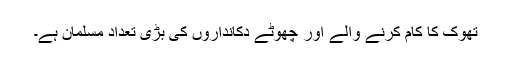
تھوک کا کام کرنے والے اور چھوٹے دکانداروں کی بڑی تعداد مسلمان ہے۔